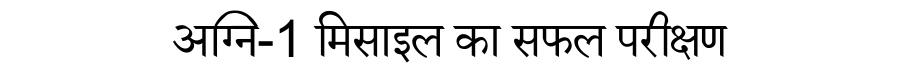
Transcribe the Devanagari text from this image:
अग्नि-1 मिसाइल का सफल परीक्षण